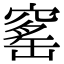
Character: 窰